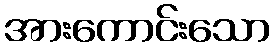
အားကောင်းသော